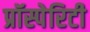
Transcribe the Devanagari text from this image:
प्रॉस्पेरिटी